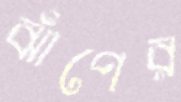
ঝাঁপের